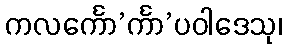
ကလင်္ကော’င်္ကာ’ပဝါဒေသု၊